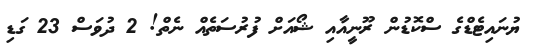
ޔުނައިޓެޑްގެ ސްކޮޑުން ރޫނީއާއި ޝޯއަށް ފުރުސަތެއް ނެތް! 2 ދުވަސް 23 ގަޑި